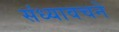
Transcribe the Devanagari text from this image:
संध्यावचने